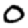
Digit: 0